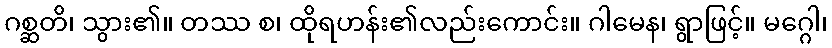
ဂစ္ဆတိ၊ သွား၏။ တဿ စ၊ ထိုရဟန်း၏လည်းကောင်း။ ဂါမေန၊ ရွာဖြင့်။ မဂ္ဂေါ၊